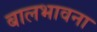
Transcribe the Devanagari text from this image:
बालभावना